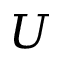
U